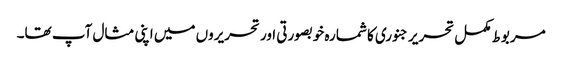
مربوط مکمل تحریر جنوری کا شمارہ خوبصورتی اور تحریروں میں اپنی مثال آپ تھا۔